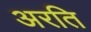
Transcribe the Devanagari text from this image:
अरति